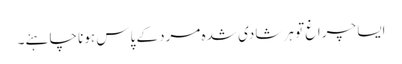
ایسا چراغ تو ہر شادی شدہ مرد کے پاس ہونا چاہئے۔